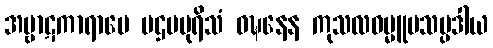
အမ္ဗာဋကာရာမေ ပဌမပုရိသံ ဝဍ္ဎနေန ကုသလဓမ္မူပသမ္ပဒါယ